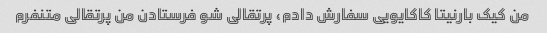
من کیک بارنیتا کاکایویی سفارش دادم، پرتقالی شو فرستادن من پرتقالی متنفرم